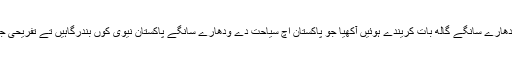
اسپیکر ملکی اتے غیر ملکی سیاحت دے ودھارے سانگے گالھ بات کریندے ہوئیں آکھیا جو پاکستان اچ سیاحت دے ودھارے سانگے پاکستان نیوی کوں بندرگاہیں تے تفریحی جئیں کوں بیا چنگا بناونڑ دی ضرورت ہے۔